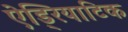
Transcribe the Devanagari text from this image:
ऐड्रियाटिक